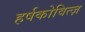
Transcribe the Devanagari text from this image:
हर्षकोवित्ज़